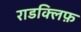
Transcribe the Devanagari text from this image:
राडक्लिफ़